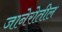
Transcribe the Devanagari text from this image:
जानेरोतील